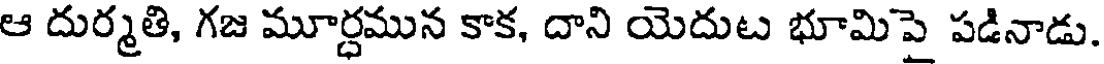
ఆ దుర్మతి, గజ మూర్ధమున కాక, దాని యెదుట భూమిపై పడినాడు.